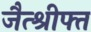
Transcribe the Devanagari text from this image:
जैत्श्रीफ्त